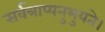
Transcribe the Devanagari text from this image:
सर्वत्राप्यनुभुयते।